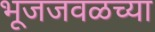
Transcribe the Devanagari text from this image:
भूजजवळच्या